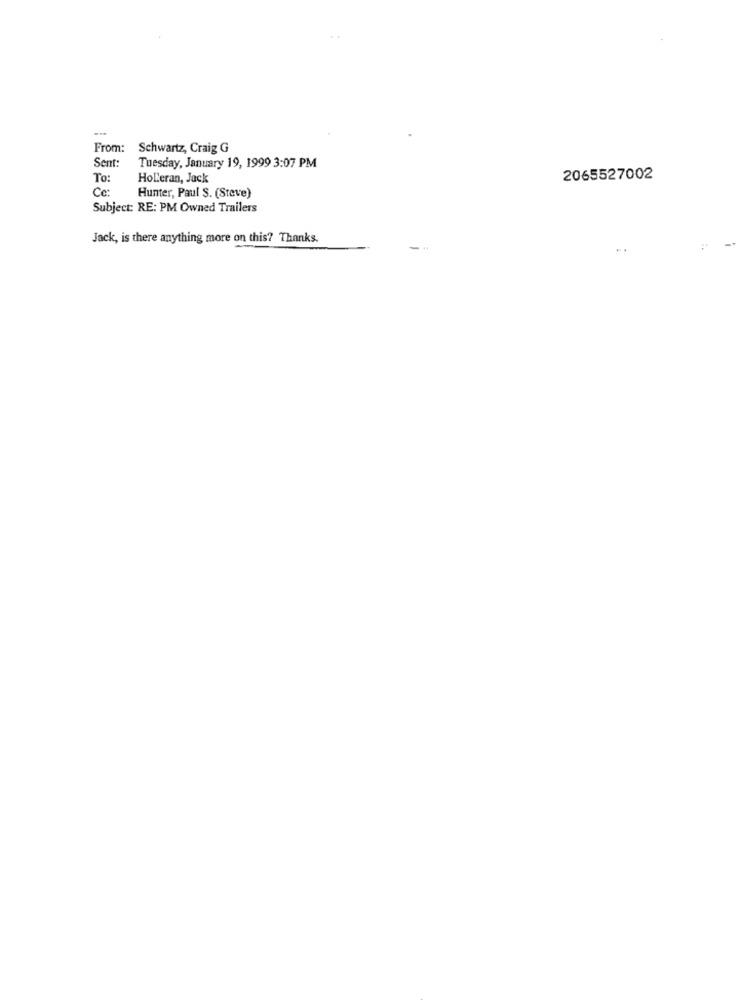
From:
Schwartz, Craig G
Sent
Tuesday, January 19, 1999 3:07 PM
To:
Holleran, Jack
2065527002
Ce:
Hunter, Paul S. (Steve)
Subject: RE: PM Owned Trailers
Jack, is there anything more on this? Thanks.